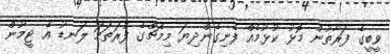
ވީބީގެ ފަރާތުން މޮޅު ކުޅުމެއް ފެނިގެންދިޔަ މިމެޗްގެ ފުރަތަމަ ލަނޑު އެ ޓީމުން